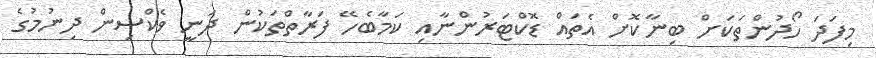
މިފަދަ ހޯދުންތަކަށް ބިނާކޮށް އެތައް ޑޮކްޓަރުންނާއި ކަމާބެހޭ ފަރާތްތަކުން ދަނީ ވެކްސިން ދިނުމުގެ